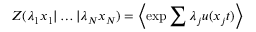
Z ( \lambda _ { 1 } x _ { 1 } | \ldots | \lambda _ { N } x _ { N } ) = \left\langle \exp { \sum { \lambda _ { j } u ( x _ { j } t ) } } \right\rangle